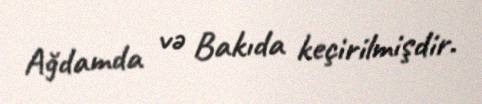
Ağdamda və Bakıda keçirilmişdir.